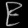
Digit: ၉